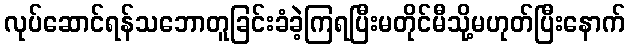
လုပ်ဆောင်ရန်သဘောတူခြင်းခံခဲ့ကြရပြီးမတိုင်မီသို့မဟုတ်ပြီးနောက်